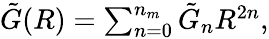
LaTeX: \begin{array}{r}{\tilde{G}(R)=\sum_{n=0}^{n_{m}}\tilde{G}_{n}R^{2n},}\end{array}